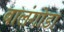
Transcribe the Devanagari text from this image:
बालंगोडा